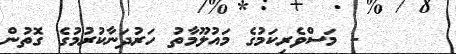
- މަސްވެރިކަމުގެ މައުލޫމާތު ހަރުދަނާކުރުމުގެ ގޮތުން